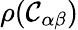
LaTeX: \rho(\mathcal{C}_{\alpha\beta})